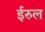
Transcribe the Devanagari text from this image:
ईरुल